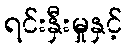
ရင်းနှီးမှုနှင့်